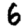
Digit: 6